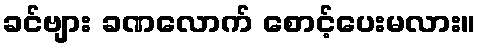
ခင်ဗျား ခဏလောက် စောင့်ပေးမလား။